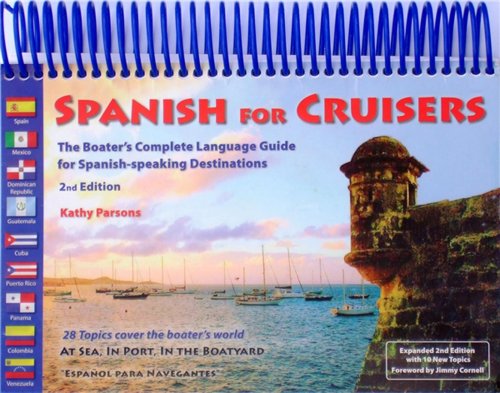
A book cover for Spanish for Cruisers: The Boater's Complete Language Guide for Spanish-speaking Destinations, 2nd Edition; Kathy Parsons; Engineering & Transportation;